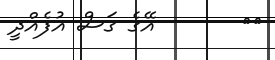
٧٢       އޭގެ ގަސް އުފެއްދީ